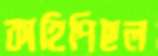
কাহিপিছল